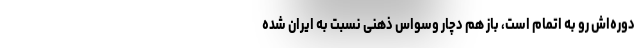
دوره‌اش رو به اتمام است، باز هم دچار وسواس ذهنی‌ نسبت به ایران شده